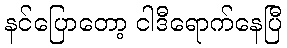
နင်ပြောတော့ ငါဒီရောက်နေပြီ